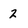
Character: 2